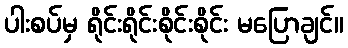
ပါးစပ်မှ ရိုင်းရိုင်းစိုင်းစိုင်း မပြောချင်။